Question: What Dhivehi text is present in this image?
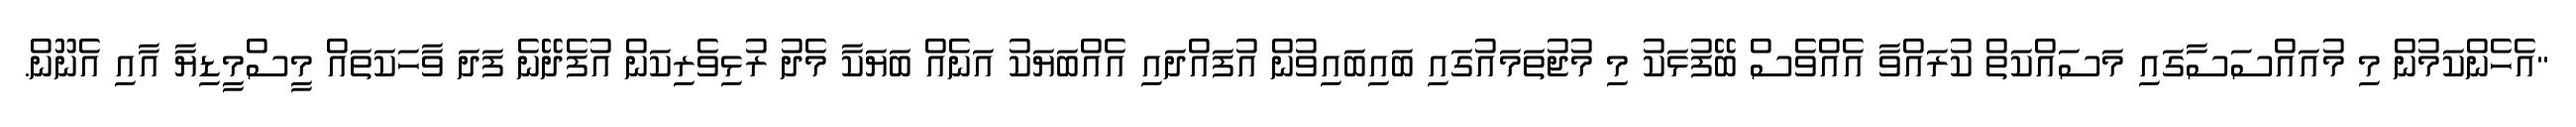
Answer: "އެހެންކަމުން މި މުއައްސަސާގައި މަސައްކަތް ކުރައްވާ އެއްވެސް ބޭފުޅަކު މި މުޖުތަމައުގައި ބައިބައިވުން އުފައްދައި އެއްބަޔަކު އަނެއް ބަޔަކާ މެދު ރުޅިވެރިކަން އުފެދޭނެ ފަދަ ވާހަކަތައް މީސްމީޑިޔާ އާއި އެނޫން.